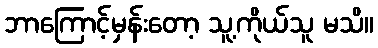
ဘာကြောင့်မှန်းတော့ သူ့ကိုယ်သူ မသိ။